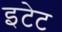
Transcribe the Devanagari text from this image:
इटेट